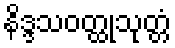
နိဒ္ဒသဝတ္ထုသုတ္တံ